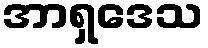
အာရှဒေသ